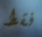
فقط